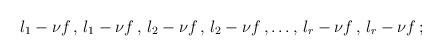
\begin{align*}\l_1 - \nu f\,,\, \l_1 - \nu f\,,\, \l_2 - \nu f\,,\, \l_2 - \nu f\,, \ldots ,\,\l_{r} - \nu f \,,\, \l_{r} - \nu f\, ;\end{align*}